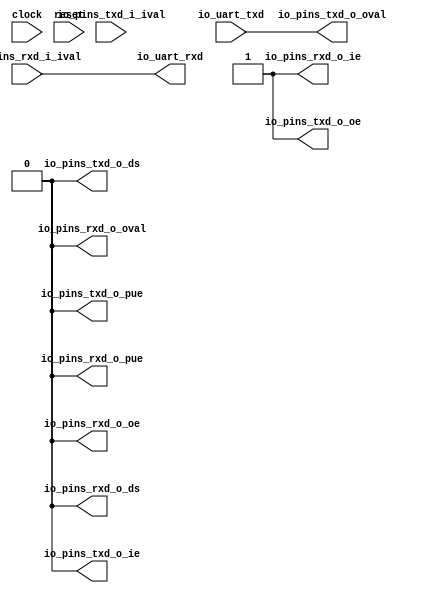
module sirv_uartgpioport(
  input   clock,
  input   reset,
  input   io_uart_txd,
  output  io_uart_rxd,
  input   io_pins_rxd_i_ival,
  output  io_pins_rxd_o_oval,
  output  io_pins_rxd_o_oe,
  output  io_pins_rxd_o_ie,
  output  io_pins_rxd_o_pue,
  output  io_pins_rxd_o_ds,
  input   io_pins_txd_i_ival,
  output  io_pins_txd_o_oval,
  output  io_pins_txd_o_oe,
  output  io_pins_txd_o_ie,
  output  io_pins_txd_o_pue,
  output  io_pins_txd_o_ds
);
  assign io_uart_rxd = io_pins_rxd_i_ival;
  assign io_pins_rxd_o_oval = 1'h0;
  assign io_pins_rxd_o_oe = 1'h0;
  assign io_pins_rxd_o_ie = 1'h1;
  assign io_pins_rxd_o_pue = 1'h0;
  assign io_pins_rxd_o_ds = 1'h0;
  assign io_pins_txd_o_oval = io_uart_txd;
  assign io_pins_txd_o_oe = 1'h1;
  assign io_pins_txd_o_ie = 1'h0;
  assign io_pins_txd_o_pue = 1'h0;
  assign io_pins_txd_o_ds = 1'h0;
endmodule